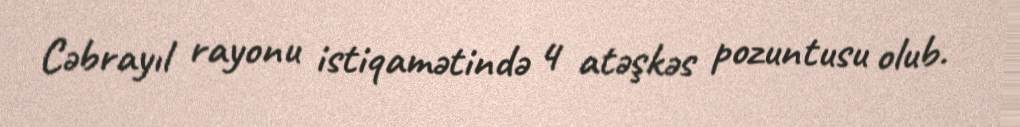
Cəbrayıl rayonu istiqamətində 4 atəşkəs pozuntusu olub.